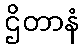
ဌိတာနံ